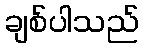
ချစ်ပါသည်